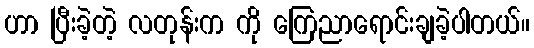
ဟာ ပြီးခဲ့တဲ့ လတုန်းက ကို ကြေညာရောင်းချခဲ့ပါတယ်။